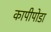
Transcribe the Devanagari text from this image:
कापीपोडा